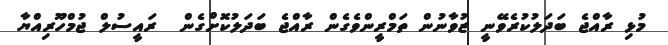
މުޅި ރާއްޖެ ބަދަލުކުރެވޭނީ ޒުވާނުން ތަމްރީންވެގެން ރާއްޖެ ބަދަލުކޮށްގެން  ރައީސުލް ޖުމްހޫރިއްޔާ